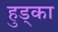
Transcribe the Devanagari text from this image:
हुड्का